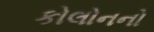
કોલોનનો